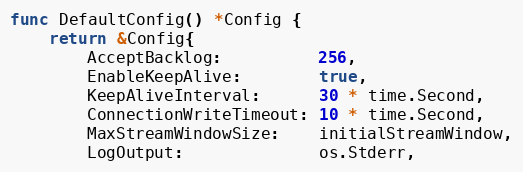
Language: Go
func DefaultConfig() *Config {
	return &Config{
		AcceptBacklog:          256,
		EnableKeepAlive:        true,
		KeepAliveInterval:      30 * time.Second,
		ConnectionWriteTimeout: 10 * time.Second,
		MaxStreamWindowSize:    initialStreamWindow,
		LogOutput:              os.Stderr,